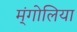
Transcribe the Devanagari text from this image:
म्ंगोलिया